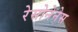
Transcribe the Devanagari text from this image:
रेसोनेनेस